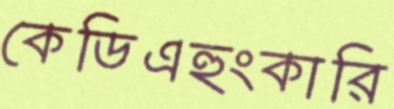
কেডিএহুংকারি